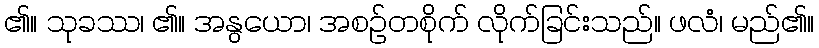
၏။ သုခဿ၊ ၏။ အနွယော၊ အစဉ်တစိုက် လိုက်ခြင်းသည်။ ဖလံ၊ မည်၏။